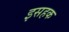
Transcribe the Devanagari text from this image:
इसहक